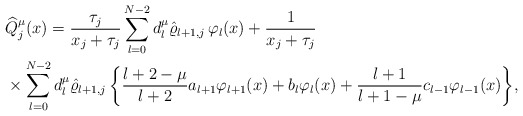
\begin{align*}&\widehat Q_j^\mu(x)= \frac {\tau_j}{x_j+\tau_j}\sum_{l=0}^{N-2} d_l^\mu \hat \varrho_{l+1,j}\,\varphi_l(x) + \frac {1}{x_j+\tau_j} \\ &\times \sum_{l=0}^{N-2} d_l^\mu\hat \varrho_{l+1,j}\,\bigg\{\frac{l+2-\mu}{l+2} a_{l+1} \varphi_{l+1}(x)+b_l \varphi_{l}(x)+ \frac{l+1}{l+1-\mu} c_{l-1}\varphi_{l-1}(x)\bigg\},\\ \end{align*}